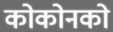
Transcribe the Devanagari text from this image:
कोकोनको